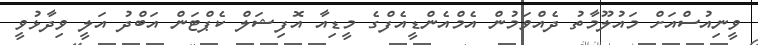
ވީނިއުސްއަށް މައުލޫމާތު ދެއްވަމުން އެމްއެންޑީއެފްގެ މީޑިއާ އޮފިޝަލް ކެޕްޓަން އަބްދު އަލީ ވިދާޅުވީ